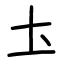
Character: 圡